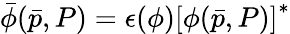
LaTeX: \bar{\phi}(\bar{p},P)=\epsilon(\phi)\left[\phi(\bar{p},P)\right]^{*}